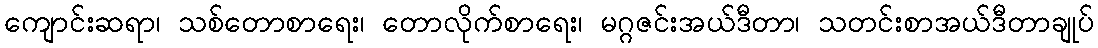
ကျောင်းဆရာ၊ သစ်တောစာရေး၊ တောလိုက်စာရေး၊ မဂ္ဂဇင်းအယ်ဒီတာ၊ သတင်းစာအယ်ဒီတာချုပ်